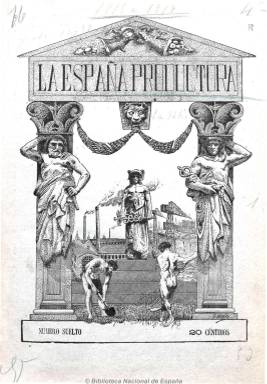
Título: La España productora
Colección: Economía
Ámbito geográfico: Madrid
Lugar de publicación: Madrid
Fechas: 07/07/1915-31/10/1919

Subtitulada “revista de intereses nacionales”, con la leyenda “patriotismo, unión, trabajo”, es una publicación de carácter proteccionista, que se dedica a divulgar las excelencias españolas. Dedicada preferentemente a cuestiones económicas durante la primera guerra mundial, ofrece también una visión política de ésta y del problema marroquí. También da cabida a reportajes de cultura en su sección “España monumental”. Reseña asimismo la acción del gobierno español e informa sobre el mercado interior, las exportaciones, la producción agraria y el comercio en general. Con periodicidad mensual, inserta fotografías.